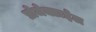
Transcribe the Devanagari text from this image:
प्रोजेक्टाईल